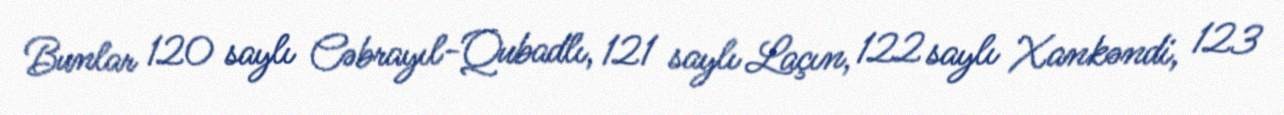
Bunlar 120 saylı Cəbrayıl-Qubadlı, 121 saylı Laçın, 122 saylı Xankəndi, 123